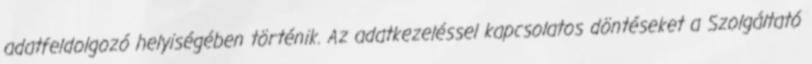
adatfeldolgozó helyiségében történik. Az adatkezeléssel kapcsolatos döntéseket a Szolgáltató